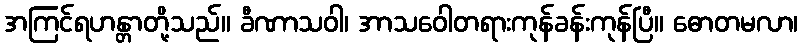
အကြင်ရဟန္တာတို့သည်။ ခီဏာသဝါ၊ အာသဝေါတရားကုန်ခန်းကုန်ပြီ။ ဓောတမလာ၊